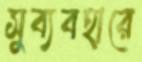
সুব্যবহারে